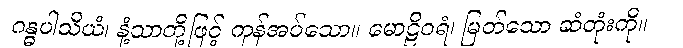
ဂန္ဓပါသိယံ၊ နံ့သာတို့ဖြင့် ကုန်အပ်သော။ မောဠိဝရံ၊ မြတ်သော ဆံတုံးကို။